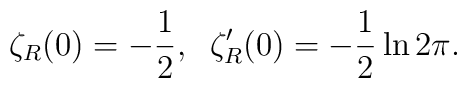
\zeta_R(0)=-\frac{1}{2}, \;\; \zeta'_R(0)=-\frac{1}{2}\ln 2\pi.